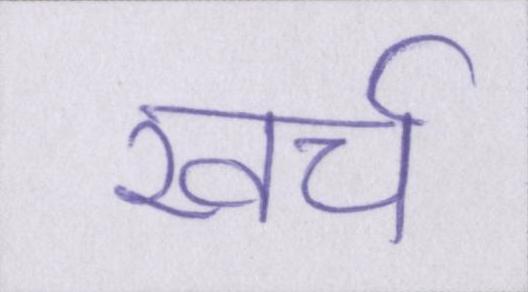
खर्च